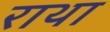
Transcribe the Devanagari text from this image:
राथा